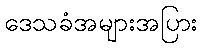
ဒေသခံအများအပြား